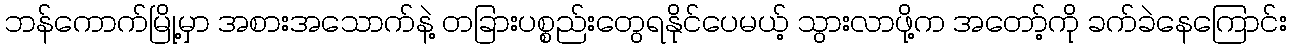
ဘန်ကောက်မြို့မှာ အစားအသောက်နဲ့ တခြားပစ္စည်းတွေရနိုင်ပေမယ့် သွားလာဖို့က အတော့်ကို ခက်ခဲနေကြောင်း